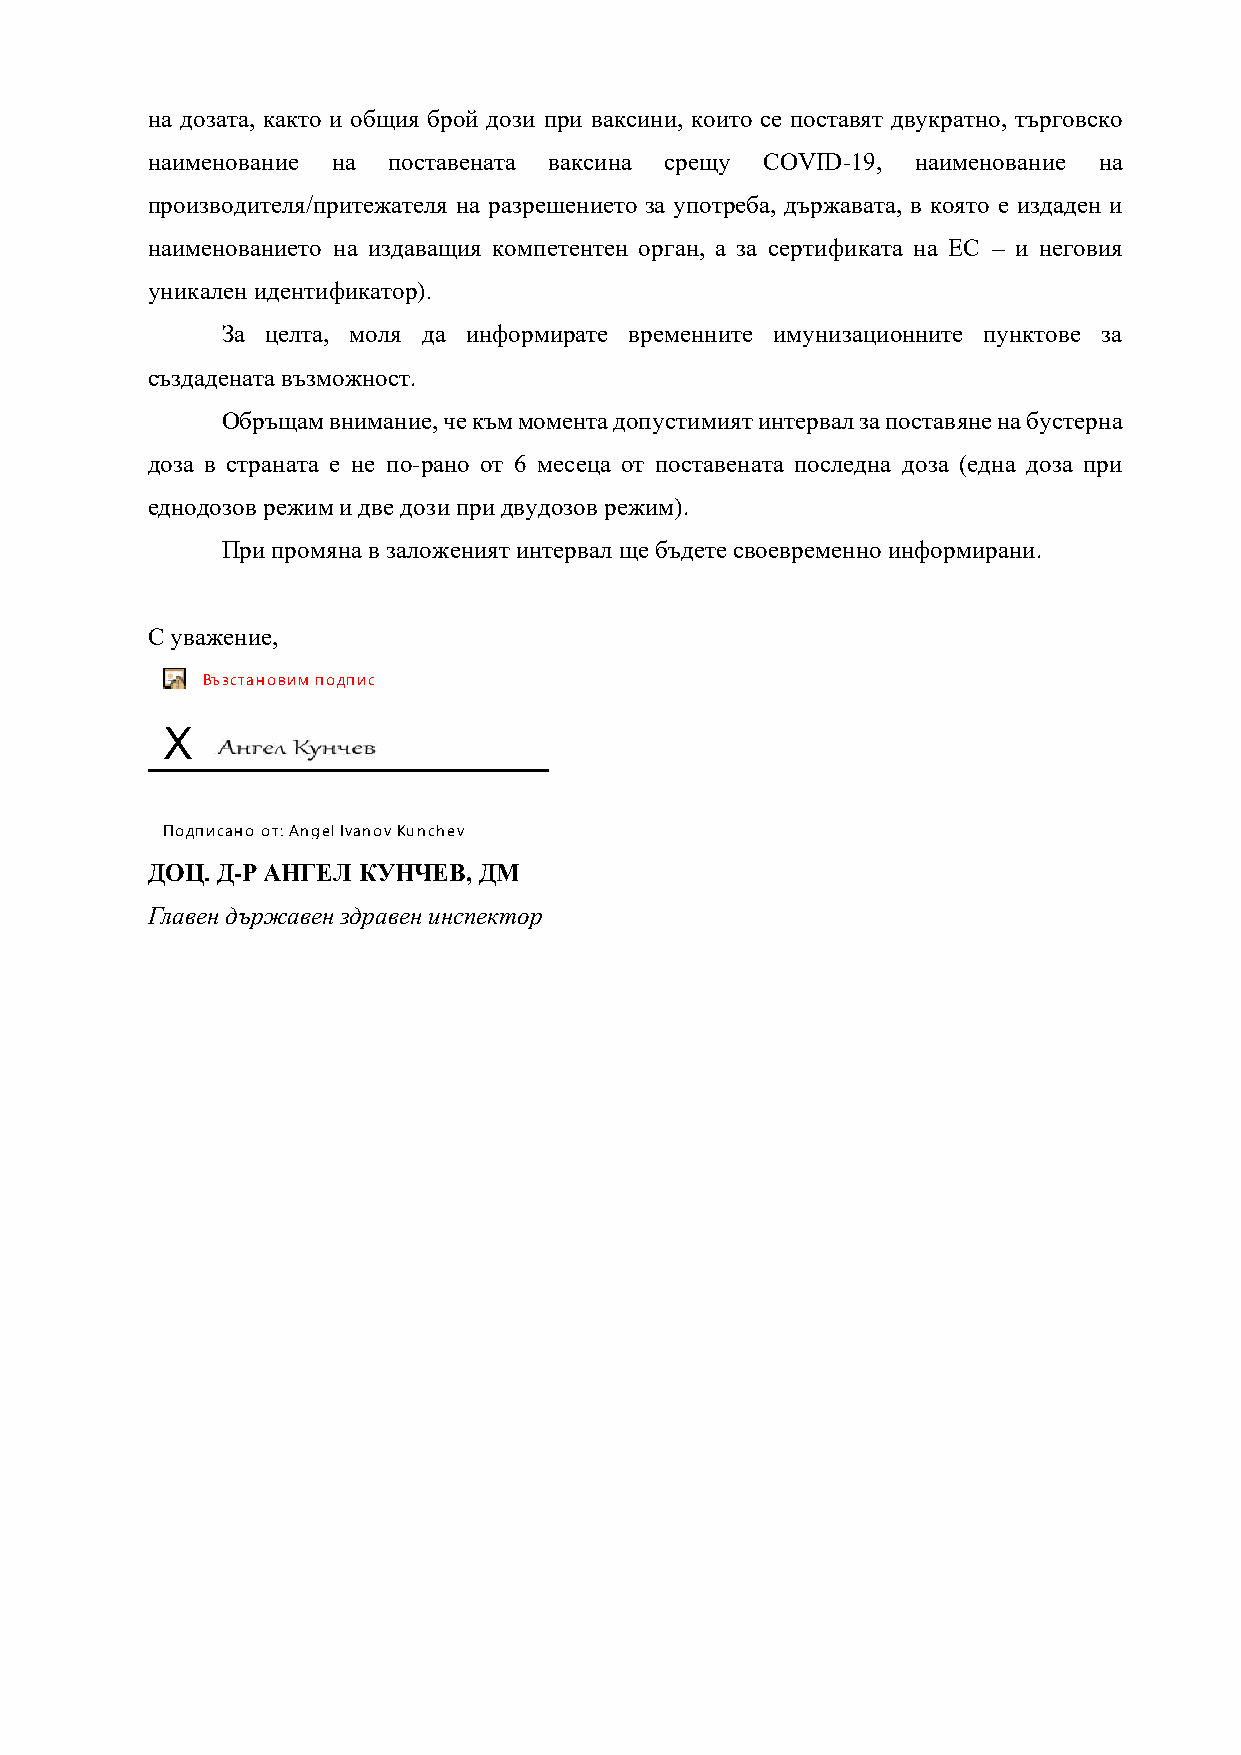
на дозата, както и общия брой дози при ваксини, които се поставят двукратно, търговско
 наименование на поставената ваксина срещу COVID-19, наименование на
 производителя/притежателя на разрешението за употреба, държавата, в която е издаден и
 наименованието на издаващия компетентен орган, а за сертификата на ЕС – и неговия
 уникален идентификатор).
 За целта, моля да информирате временните имунизационните пунктове за
 създадената възможност.
 Обръщам внимание, че към момента допустимият интервал за поставяне на бустерна
 доза в страната е не по-рано от 6 месеца от поставената последна доза (една доза при
 еднодозов режим и две дози при двудозов режим).
 При промяна в заложеният интервал ще бъдете своевременно информирани.
 С уважение,
 Възстановим подпис
 X
 Подписано от: Angel Ivanov Kunchev
 ДОЦ. Д-Р АНГЕЛ КУНЧЕВ, ДМ
 Главен държавен здравен инспектор